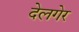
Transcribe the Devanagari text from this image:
देलगेर